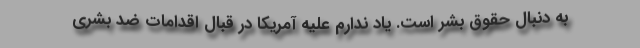
به دنبال حقوق بشر است. یاد ندارم علیه آمریکا در قبال اقدامات ضد بشری